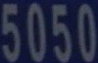
5050